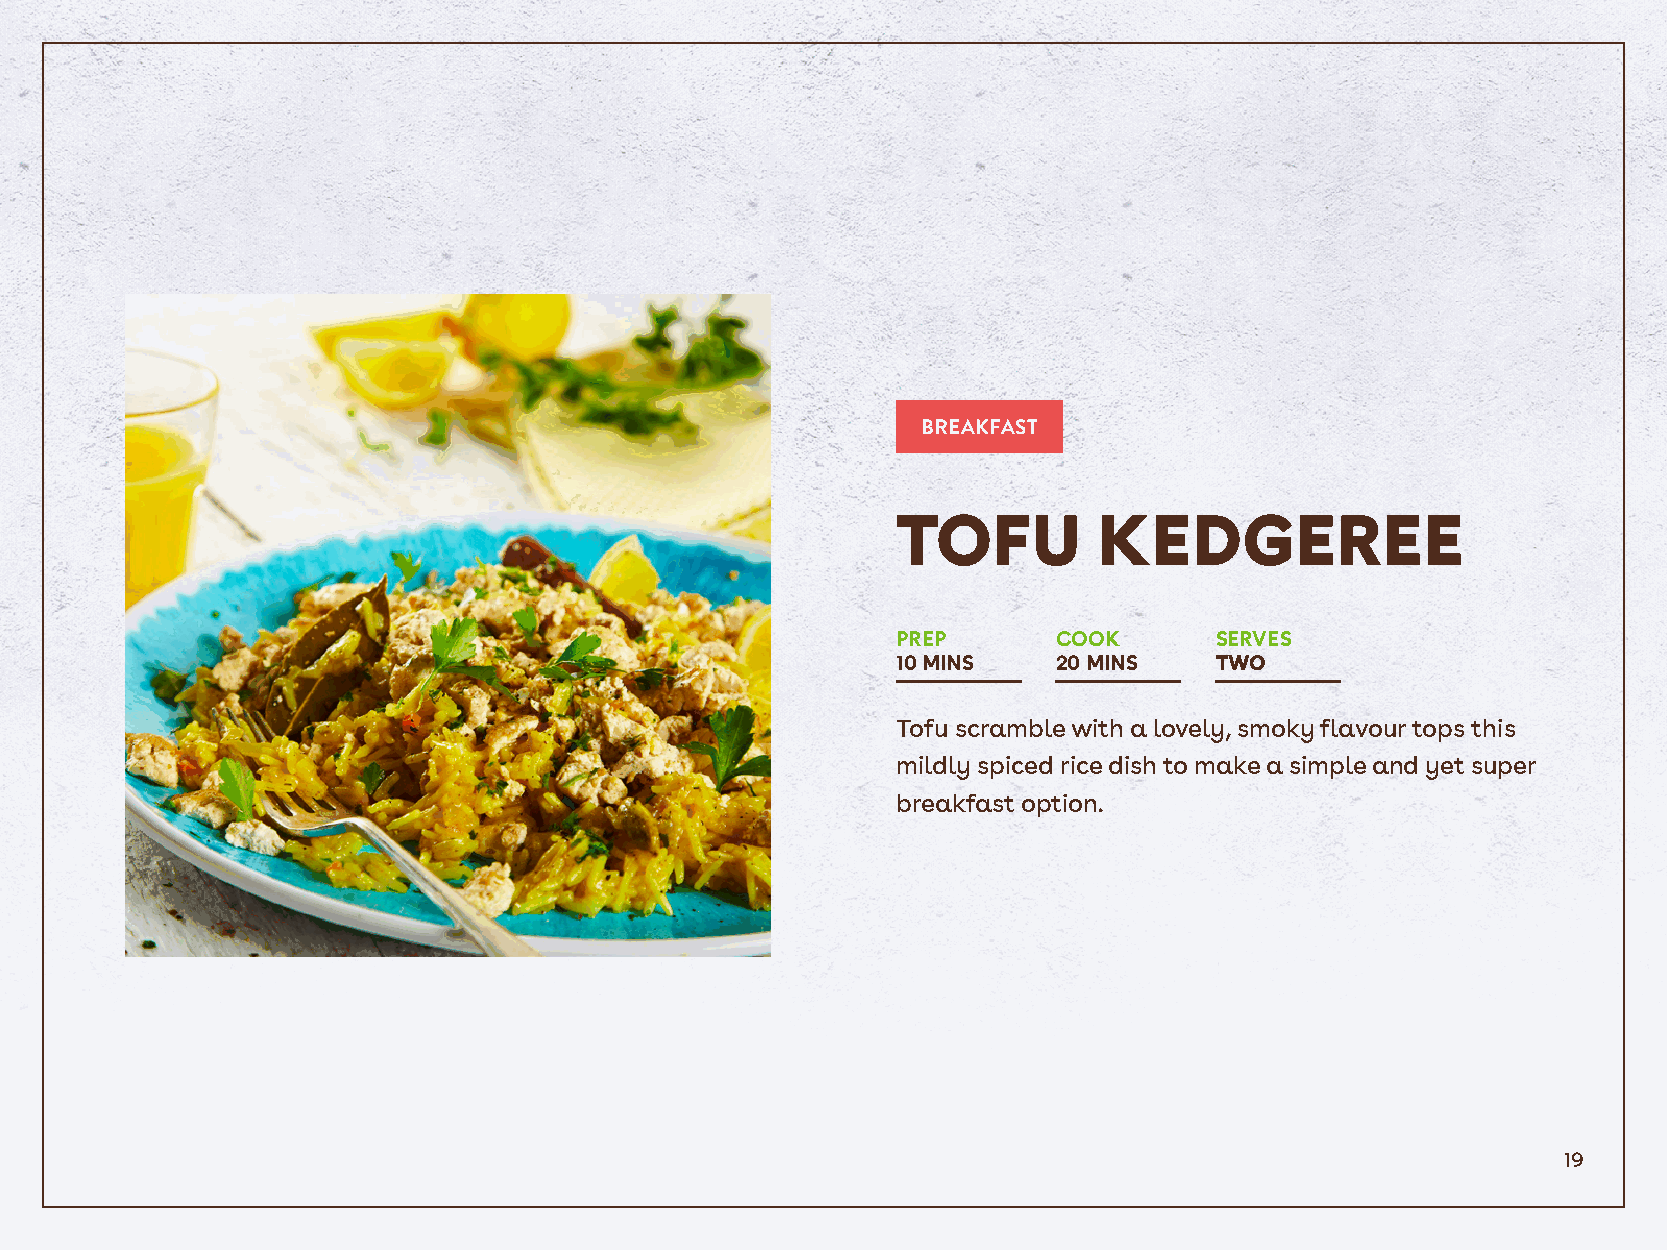
BREAKFAST
 TOFU          KEDGEREE
 PREP       COOK      SERVES
 10 MINS    20 MINS   TWO
 Tofu scramble with a lovely, smoky flavour tops this
 mildly spiced rice dish to make a simple and yet super
 breakfast option.
 19